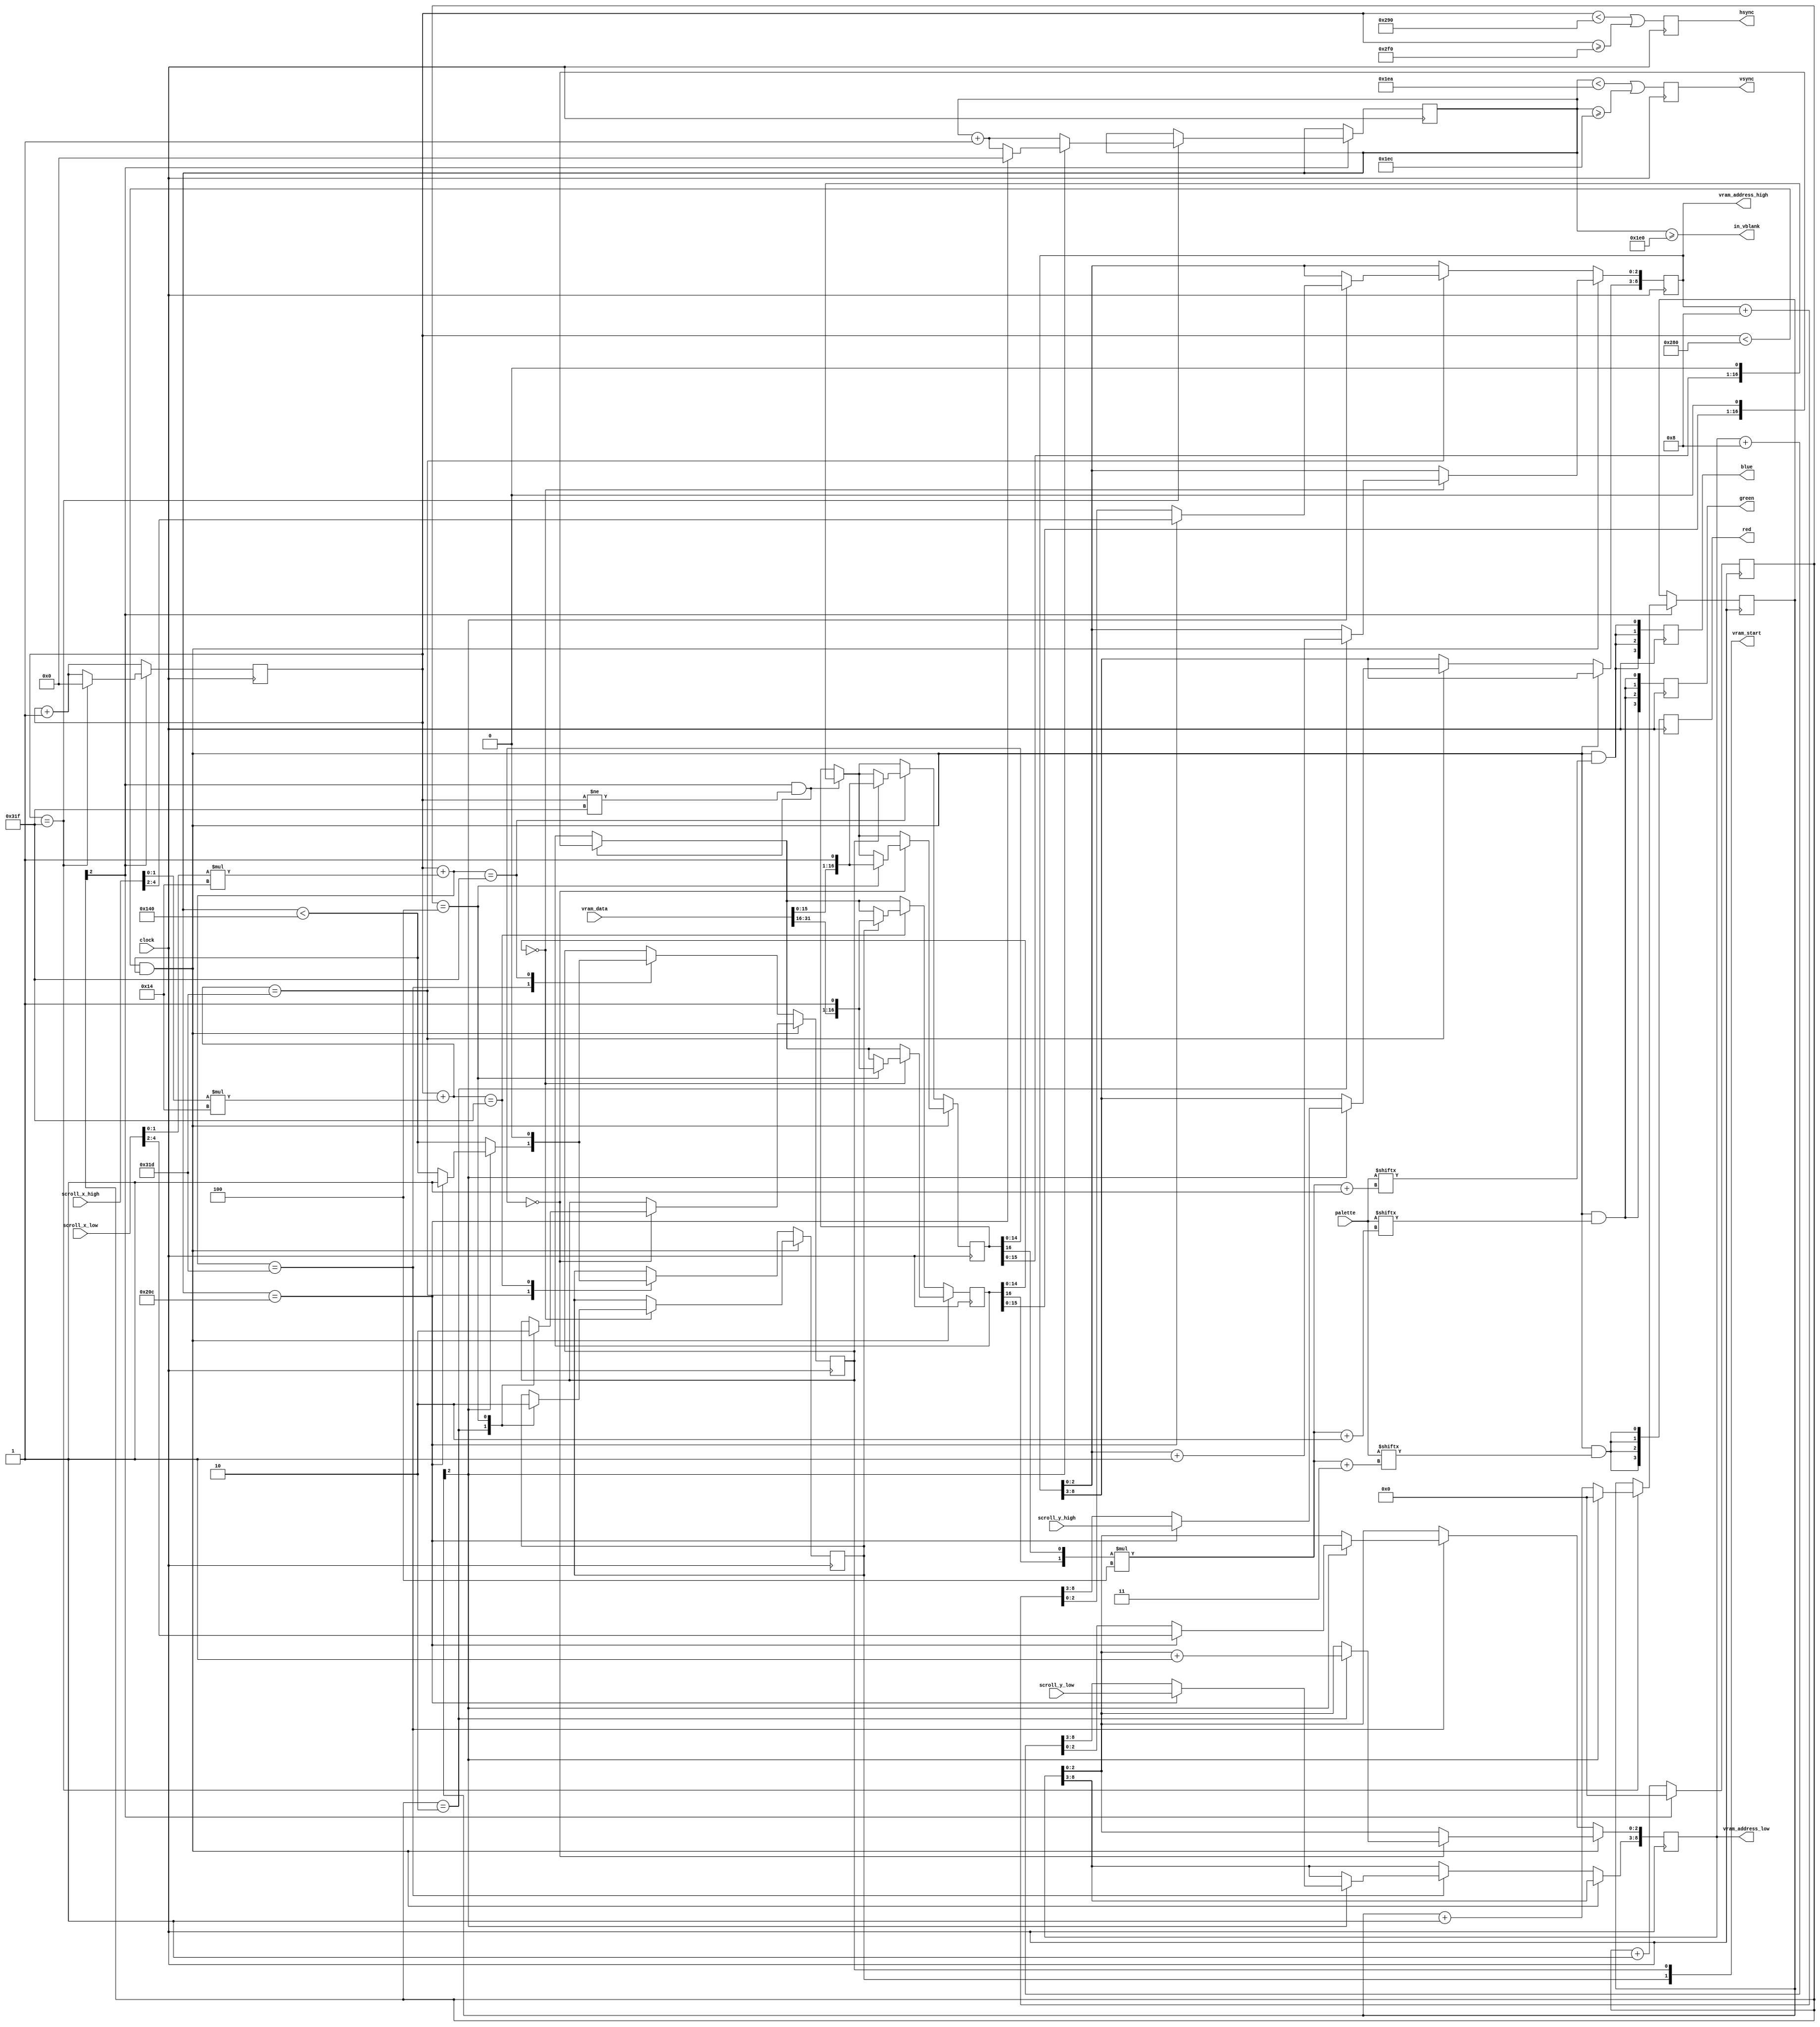
`default_nettype none
`timescale 1ns/1ps
module gpu(
        input wire clock,
        input wire [31:0] vram_data,
        input wire [4:0] scroll_x_low,
        input wire [5:0] scroll_y_low,
        input wire [4:0] scroll_x_high,
        input wire [5:0] scroll_y_high,
        input wire [15:0] palette,
        output wire [8:0] vram_address_low,
        output wire [8:0] vram_address_high,
        output reg [1:0] vram_start,
        output wire in_vblank,
        output reg [3:0] red,
        output reg [3:0] green,
        output reg [3:0] blue,
        output reg hsync,
        output reg vsync);
    reg [9:0] x = 10'b0;
    reg [9:0] y = 10'b0;
    reg [3:0] x_micro = 4'b0;
    reg [3:0] y_micro = 4'b0;
    reg [16:0] pixel_buffer [1:0];
    reg [8:0] vram_address [1:0];
    wire [4:0] scroll_x [1:0];
    wire [5:0] scroll_y [1:0];
    wire [15:0] vram_data_split [1:0];
    wire [1:0] pixel = {pixel_buffer[1][16], pixel_buffer[0][16]};
    wire visible = x < 10'd640 && y < 10'd320;
    assign vram_address_low = vram_address[0];
    assign vram_address_high = vram_address[1];
    assign scroll_x[0] = scroll_x_low;
    assign scroll_x[1] = scroll_x_high;
    assign scroll_y[0] = scroll_y_low;
    assign scroll_y[1] = scroll_y_high;
    assign vram_data_split[0] = vram_data[15:0];
    assign vram_data_split[1] = vram_data[31:16];
    assign in_vblank = y >= 10'd480;
    always @(posedge clock) begin
        red   <= {4{visible && palette[pixel * 4'd4 + 4'd3]}};
        green <= {4{visible && palette[pixel * 4'd4 + 4'd2]}};
        blue  <= {4{visible && palette[pixel * 4'd4 + 4'd1]}};
        hsync <= x < 10'd656 || x >= 10'd752;
        vsync <= y < 10'd490 || y >= 10'd492;
        x <= x + 1'b1;
        x_micro <= x_micro + 1'b1;
        if (x_micro[2]) begin
            x_micro <= 4'b0;
            if (x == 10'd799) begin
                x <= 10'b0;
                y <= y + 1'b1;
                y_micro <= y_micro + 1'b1;
                if (y_micro[2]) begin
                    y_micro <= 4'b0;
                    if (y == 10'd524) begin
                        y <= 10'b0;
                    end
                end
            end
        end
    end
    generate
        genvar i;
        for (i = 0; i < 2; i = i + 1) begin
            initial begin
                vram_address[i] = 9'b0;
                vram_start[i] = 1'b0;
                pixel_buffer[i] = 17'b0;
            end
            always @(posedge clock) begin
                if (x_micro[2] && x != 10'd799) begin
                    pixel_buffer[i] <= {pixel_buffer[i][15:0], 1'b0};
                end
                if (visible) begin
                    if (pixel_buffer[i][14:0] == 15'b0) begin
                        case (x_micro)
                            4'h2: begin
                                vram_address[i][2:0] <= vram_address[i][2:0] + 1'b1;
                                vram_start[i] <= 1'b1;
                            end
                            4'h4: begin
                                pixel_buffer[i] <= {vram_data_split[i], 1'b1};
                                vram_start[i] <= 1'b0;
                            end
                        endcase
                    end
                end else begin
                    case (x + scroll_x[i][1:0] * 8'd20)
                        10'd797: begin
                            vram_start[i] <= y < 10'd320;
                            if (y_micro[2]) begin
                                vram_address[i] <= vram_address[i] + 4'h8;
                                if (y == 10'd524) begin
                                    vram_address[i] <= {scroll_y[i], scroll_x[i][4:2]};
                                    vram_start[i] <= 1'b1;
                                end
                            end
                        end
                        10'd799: begin
                            if (vram_start[i] == 1'b1) begin
                                pixel_buffer[i] <= {vram_data_split[i], 1'b1};
                                vram_start[i] <= 1'b0;
                            end
                        end
                    endcase
                end
            end
        end
    endgenerate
endmodule